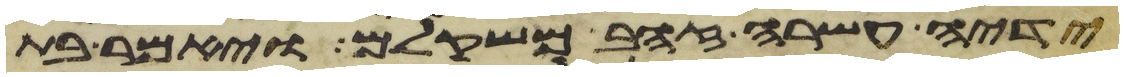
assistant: ידיה עשרה זהב משקלם ויאמר בת